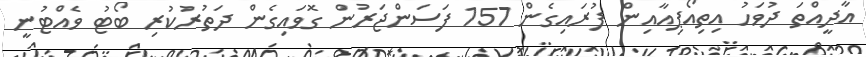
އާދީއްތަ ދުވަހު އިތިއޯޕިއާއިން ފުރައިގެން 157 ފަސަންޖަރުން ގޮވައިގެން ދަތުރުކުރި ބޯޓު ވެއްޓުނީ